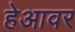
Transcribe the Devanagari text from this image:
हेआवर